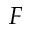
F